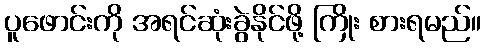
ပူဖောင်းကို အရင်ဆုံးခွဲနိုင်ဖို့ ကြိုး စားရမည်။